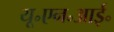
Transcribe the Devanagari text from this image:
यू॰एन॰आई॰